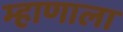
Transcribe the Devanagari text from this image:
म्हाणाला